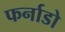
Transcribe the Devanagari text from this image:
फर्नाडो